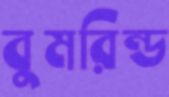
বুমরিন্ড